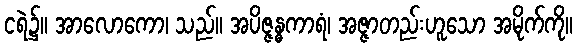
ငရဲ၌။ အာလောကော၊ သည်။ အပိဇ္ဇန္ဓကာရံ၊ အဇ္ဇာတည်းဟူသော အမိုက်ကို။